General report no. 6 on the lunatic asylums, vaccination and dispensaries in the Bengal Presidency, 1873 -
Year: 1873
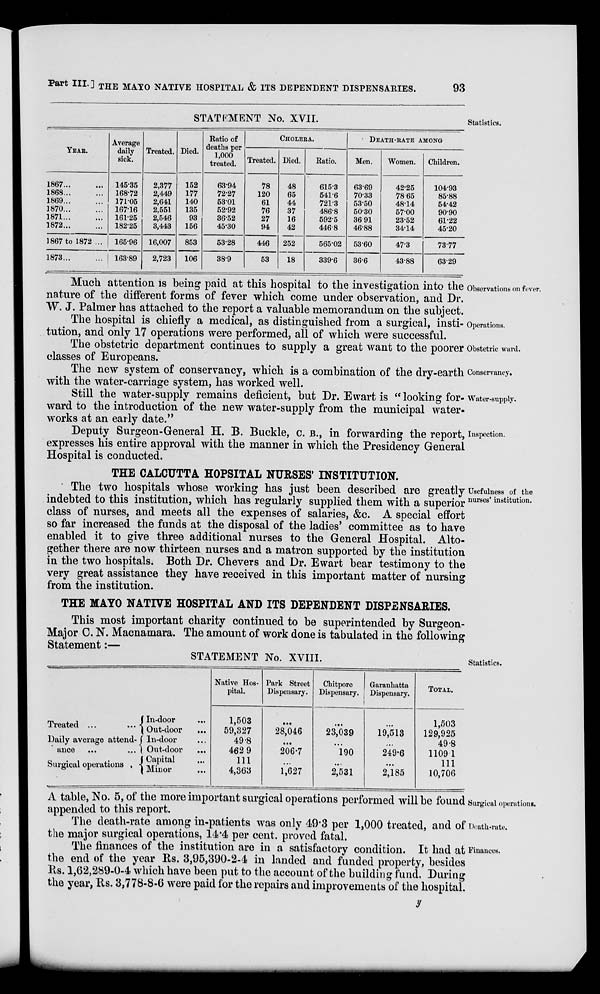
Part III. ] THE MAYO NATIVE HOSPITAL & ITS DEPENDENT DISPENSARIES.
93
STATEMENT No. XVII.
Statistics.
YEAR.
1867
...
...
1868 ... ...
1869 ... ...
3870
...
...
1871 ... ...
1872 ... ...
1867 to 1872 ...
1873 ... ...
Average
daily
sick.
145.35
168.72
171.05
167.16
161.25
182.25
16596
163.89
Treated.
2.377
2.449
2.641
2,551
2.546
3.443
16,007
2,723
Died.
152
177
140
135
93
156
853
106
Ratio of
deaths per
1,000
treated.
6394
72.27
53.01
52.92
36.52
45.30
53.28
38.9
CHOLRRA.
Treated.
78
120
61
76
27
94
446
53
Died.
48
65
44
37
16
42
252
18
Ratio.
615.3
541.6
721.3
486.8
592.5
446.8
565.02
339.6
DEATH-RATE AMONG
Men.
63.69
70.33
53.50
50.30
36.91
46.88
53.60
36.6
Women.
42.25
78.65
48.14
57.00
23.52
34.14
47.3
43.88
Children.
104.93
85.88
54.42
90.90
61.22
45.20
7377
63.29
Observations on fever.
Much attention is being paid at this hospital to the investigation into the
nature of the different forms of fever which come under observation, and Dr.
W. J. Palmer has attached to the report a valuable memorandum on the subject.
Operations.
The hospital is chiefly a medical, as distinguished from a surgical, insti-
tution, and only 17 operations were performed, all of which were successful.
Obstetric ward.
The obstetric department continues to supply a great want to the poorer
classes of Europeans.
Conservancy.
The new system of conservancy, which is a combination of the dry-earth
with the water-carriage system, has worked well.
Water-supply.
Still the water-supply remains deficient, but Dr. Ewart is "looking for-
ward to the introduction of the new water-supply from the municipal water-
works at an early date."
Inspection.
Deputy Surgeon-General H. B. Buckle, C. B., in forwarding the report,
expresses his entire approval with the manner in which the Presidency General
Hospital is conducted.
THE CALCUTTA HOPSITAL NURSES' INSTITUTION.
Usefulness of the
nurses' institution.
The two hospitals whose working has just been described are greatly
indebted to this institution, which has regularly supplied them with a superior
class of nurses, and meets all the expenses of salaries, &c. A special effort
so far increased the funds at the disposal of the ladies' committee as to have
enabled it to give three additional nurses to the General Hospital. Alto-
gether there are now thirteen nurses and a matron supported by the institution
in the two hospitals. Both Dr. Chevers and Dr. Ewart bear testimony to the
very great assistance they have received in this important matter of nursing
from the institution.
THE MAYO NATIVE HOSPITAL AND ITS DEPENDENT DISPENSARIES.
This most important charity continued to be superintended by Surgeon.
Major C. N. Macnamara. The amount of work done is tabulated in the following
Statement:—
Statistics.
STATEMENT No. XVIII.
Treated ... ...
Daily average attend
ance
... ...
Surgical operations ...
In-door ...
Out-door ...
In-door ...
Out-door
...
Capital ...
Minor ...
Native Hos-
pital.
1,503
59,827
49.8
462.9
111
4,363
Park Street
Dispensary.
...
28,046
...
206.7
...
1,627
Chitpore
Dispensary.
...
23,039
...
190
...
2,531
Garanhatta
Dispensary.
...
19,513
...
249.6
...
2,185
TOTAL.
1,503
129,925
49.8
1109.1
111
10,706
Surgical operations.
A table, No. 5, of the more important surgical operations performed will be found
appended to this report.
Death-rate.
The death-rate among in-patients was only 49.3 per 1,000 treated, and of
the major surgical operations, 14.4 per cent. proved fatal.
Finances.
The finances of the institution are in a satisfactory condition. It had at
the end of the year Rs. 3,95,390-2-4 in landed and funded property, besides
Rs. 1,62,289-0-4 which have been put to the account of the building fund. During
the year, Rs. 3,778-8-6 were paid for the repairs and improvements of the hospital.
y